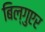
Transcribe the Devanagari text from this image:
बिल्गुएर